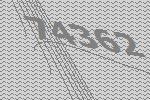
74362